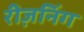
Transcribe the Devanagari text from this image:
रीज़निंग